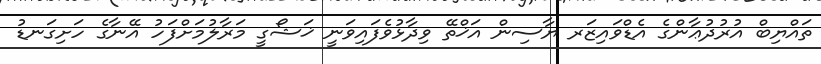
ތައްޔިބް އުރުދުޢާންގެ އެޑްވައިޒަރ ޔާސިން އަޚްތޭ ވިދާޅުވެފައިވަނީ ޚަޝޯގީ މަރާލުމަށްފަހު އޭނާގެ ހަށިގަނޑު